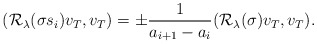
\begin{align*}(\mathcal{R}_\lambda(\sigma s_i)v_T,v_T)=\pm\frac{1}{a_{i+1}-a_{i}}(\mathcal{R}_\lambda(\sigma) v_T,v_T).\end{align*}